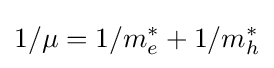
1/\mu =1/{m_{e}^{*}}+1/{m_{h}^{*}}